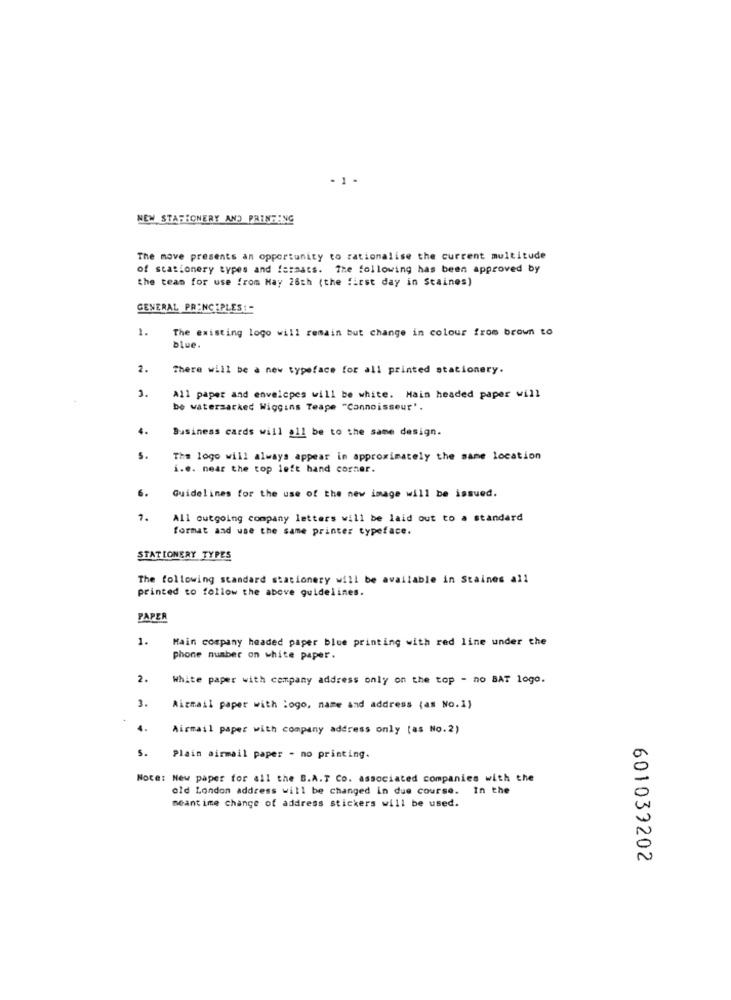
NEW STAREONERY AND PRINTING
The move presents an opportunity to rationalise the current multitude
of stationery types and formats. The following has been approved by
the team for use from May 26ch (the first day in Staines)
GENERAL PRINCIPLES: -
The existing logo will remain but change in colour from brown to
blue.
2.
There will be a new typeface for all printed stationery.
3.
All paper and envelopes will be white. Main headed paper will
be watersacked Wiggins Teape "Connoisseur".
4.
Business cards will all be to the same design.
5.
The logo will always appear in approximately the same location
i.e. near the top left hand corner.
6.
Guidelines for the use of the new image will be issued.
7.
All outgoing company letters will be laid out to a standard
format and use the same printer typeface.
STATIONERY TYPES
The following standard stationery will be available in Staines all
printed to follow the above guidelines.
PAPER
1.
Main company headed paper blue printing with red line under the
phone number on white paper.
2.
White paper with company address only on the top - no BAT logo.
3.
Airmail paper with logo, name and address (as No.1)
4.
Airmail paper with company address only (as No.2)
s.
Plain airmail paper - no printing.
Note: New paper for all the B.A.T. Co. associated companies with the
old London address will be changed in due course. In the
meantime change of address stickers will be used.
601039202